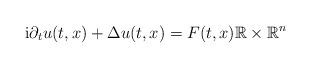
LaTeX: \begin{align*}\mathrm{i} \partial_t u(t,x) +\Delta u(t,x) = F(t,x) \mathbb R \times \mathbb R^n\end{align*}